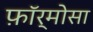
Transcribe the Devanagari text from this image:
फ़ॉर्मोसा